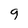
Character: q